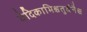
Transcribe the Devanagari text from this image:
वेदिकाभिश्चतुर्वनैश्च